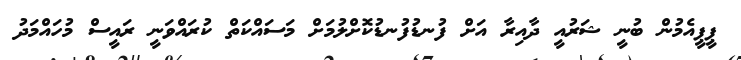
ޕީޕީއެމުން ބުނީ ޝަރުއީ ދާއިރާ އަށް ފުނޑުފުނޑުކޮށްލުމަށް މަސައްކަތް ކުރައްވަނީ ރައީސް މުހައްމަދު